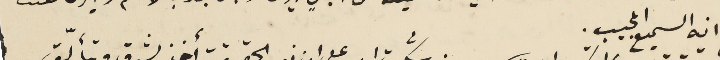
انه السميع المجيب.